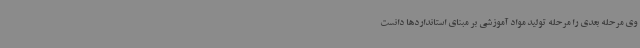
وی مرحله بعدی را مرحله تولید مواد آموزشی بر مبنای استانداردها دانست